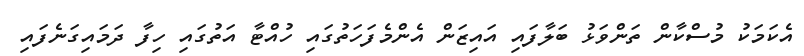
އެކަމަކު މުސްކާން ތަންވަޅު ބަލާފައި އައިޒަން އެންމެފަހަތުގައި ހުއްޓާ އަތުގައި ހިފާ ދަމައިގަނެފައި